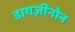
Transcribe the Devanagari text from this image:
डायज़ीनोन